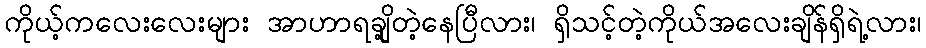
ကိုယ့်ကလေးလေးများ အာဟာရချို့တဲ့နေပြီလား၊ ရှိသင့်တဲ့ကိုယ်အလေးချိန်ရှိရဲ့လား၊